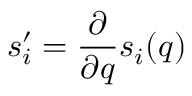
s _ { i } ^ { \prime } = \frac { \partial } { \partial q } s _ { i } ( q )